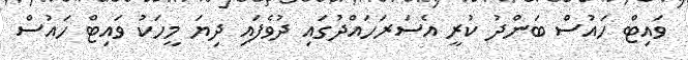
ވައިޓް ހައުސް ބަންދު ކުރީ އެސަރަހައްދުގައި ދުވެފައި ދިޔަ މީހަކު ވައިޓް ހައުސް